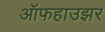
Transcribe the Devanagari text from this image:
ऑफहाउझर